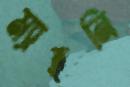
ম্যাহনি